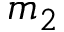
m _ { 2 }